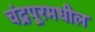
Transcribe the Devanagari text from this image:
चंद्रपूरमधील